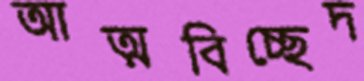
আত্মবিচ্ছেদ